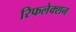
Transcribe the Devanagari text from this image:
रिफलेक्शन